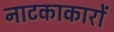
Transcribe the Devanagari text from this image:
नाटकाकारों